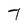
Character: 7